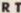
RT